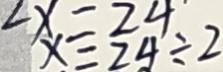
x = 2 4 \div 2